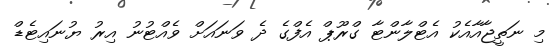
މި ނަތީޖާއާއެކު އެޓްލާންޓާ ގްރޫޕް އެފްގެ ދެ ވަނައަށް ވެއްޓުނު އިރު ޔުނައިޓެޑް